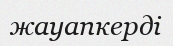
жауапкерді